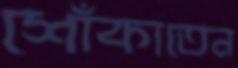
শোঁকাতেন